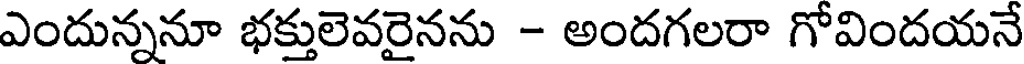
ఎందున్ననూ భక్తులెవరైనను - అందగలరా గోవిందయనే